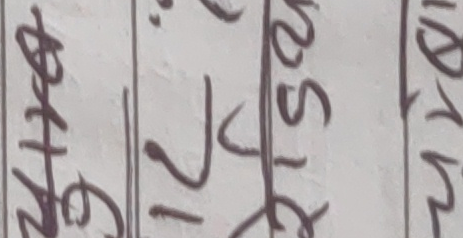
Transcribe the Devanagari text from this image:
२४६ १२७ ८१२५१ १२८८